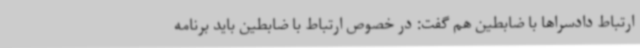
ارتباط دادسراها با ضابطین هم گفت: در خصوص ارتباط با ضابطین باید برنامه